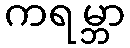
ကရမ္ဘာ